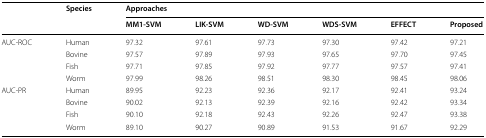
<table><thead><tr><td rowspan="2">[EMPTY_CELL]</td><td rowspan="2"><b>Species</b></td><td colspan="6"><b>Approaches</b></td></tr><tr><td><b>MM1-SVM</b></td><td><b>LIK-SVM</b></td><td><b>WD-SVM</b></td><td><b>WDS-SVM</b></td><td><b>EFFECT</b></td><td><b>Proposed</b></td></tr></thead><tbody><tr><td rowspan="4">AUC-ROC</td><td>Human</td><td>97.32</td><td>97.61</td><td>97.73</td><td>97.30</td><td>97.42</td><td>97.21</td></tr><tr><td>Bovine</td><td>97.57</td><td>97.89</td><td>97.93</td><td>97.65</td><td>97.70</td><td>97.45</td></tr><tr><td>Fish</td><td>97.71</td><td>97.85</td><td>97.92</td><td>97.77</td><td>97.57</td><td>97.41</td></tr><tr><td>Worm</td><td>97.99</td><td>98.26</td><td>98.51</td><td>98.30</td><td>98.45</td><td>98.06</td></tr><tr><td rowspan="4">AUC-PR</td><td>Human</td><td>89.95</td><td>92.23</td><td>92.36</td><td>92.17</td><td>92.41</td><td>93.24</td></tr><tr><td>Bovine</td><td>90.02</td><td>92.13</td><td>92.39</td><td>92.16</td><td>92.42</td><td>93.34</td></tr><tr><td>Fish</td><td>90.10</td><td>92.18</td><td>92.43</td><td>92.26</td><td>92.47</td><td>93.38</td></tr><tr><td>Worm</td><td>89.10</td><td>90.27</td><td>90.89</td><td>91.53</td><td>91.67</td><td>92.29</td></tr></tbody></table>